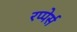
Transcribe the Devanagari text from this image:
रप्पेर्स